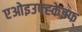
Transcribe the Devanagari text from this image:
एओइउफ्ह्केझ्फ्